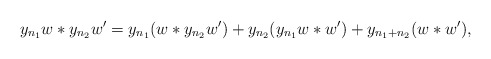
\begin{align*} &y_{n_1} w \ast y_{n_2} w' = y_{n_1} ( w\ast y_{n_2} w') + y_{n_2}(y_{n_1} w\ast w') + y_{n_1+n_2} (w \ast w'),\end{align*}